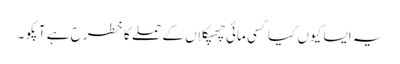
یہ ایسا کیوں کیا کسی مائی چھپکلاں کے حملے کا خطرح ہے آپکو ۔